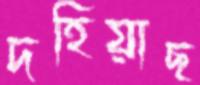
দহিয়াছ